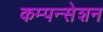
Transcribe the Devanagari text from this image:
कम्पन्सेशन